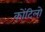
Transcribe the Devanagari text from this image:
कोंटिलो